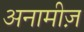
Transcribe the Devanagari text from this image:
अनामीज़